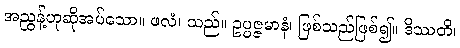
အညွန့်ဟုဆိုအပ်သော။ ဖလံ၊ သည်။ ဥပ္ပဇ္ဇမာနံ၊ ဖြစ်သည်ဖြစ်၍။ ဒိဿတိ၊